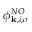
\phi _ { \mathbf { k } , i , \sigma } ^ { N O }